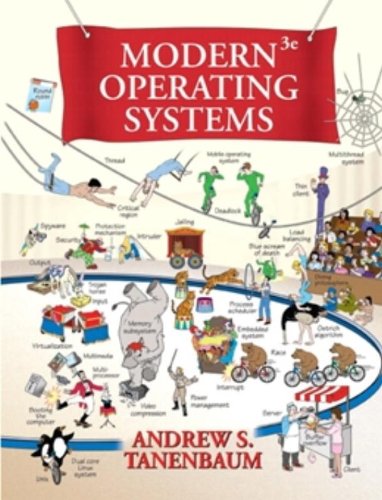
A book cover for Modern Operating Systems (3rd Edition); Andrew S. Tanenbaum; Computers & Technology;